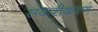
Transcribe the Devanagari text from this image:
संकरीकरण